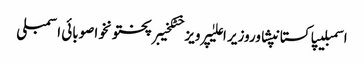
اسمبلیپاکستانپشاوروزیر اعلیٰپرویز خٹکخیبرپختونخواصوبائی اسمبلی